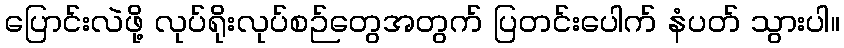
ပြောင်းလဲဖို့ လုပ်ရိုးလုပ်စဉ်တွေအတွက် ပြတင်းပေါက် နံပတ် သွားပါ။